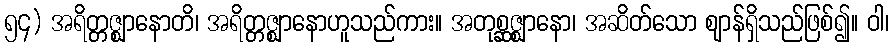
၅၄) အရိတ္တဇ္ဈာနောတိ၊ အရိတ္တဇ္ဈာနောဟူသည်ကား။ အတုစ္ဆဇ္ဈာနော၊ အဆိတ်သော ဈာန်ရှိသည်ဖြစ်၍။ ဝါ၊